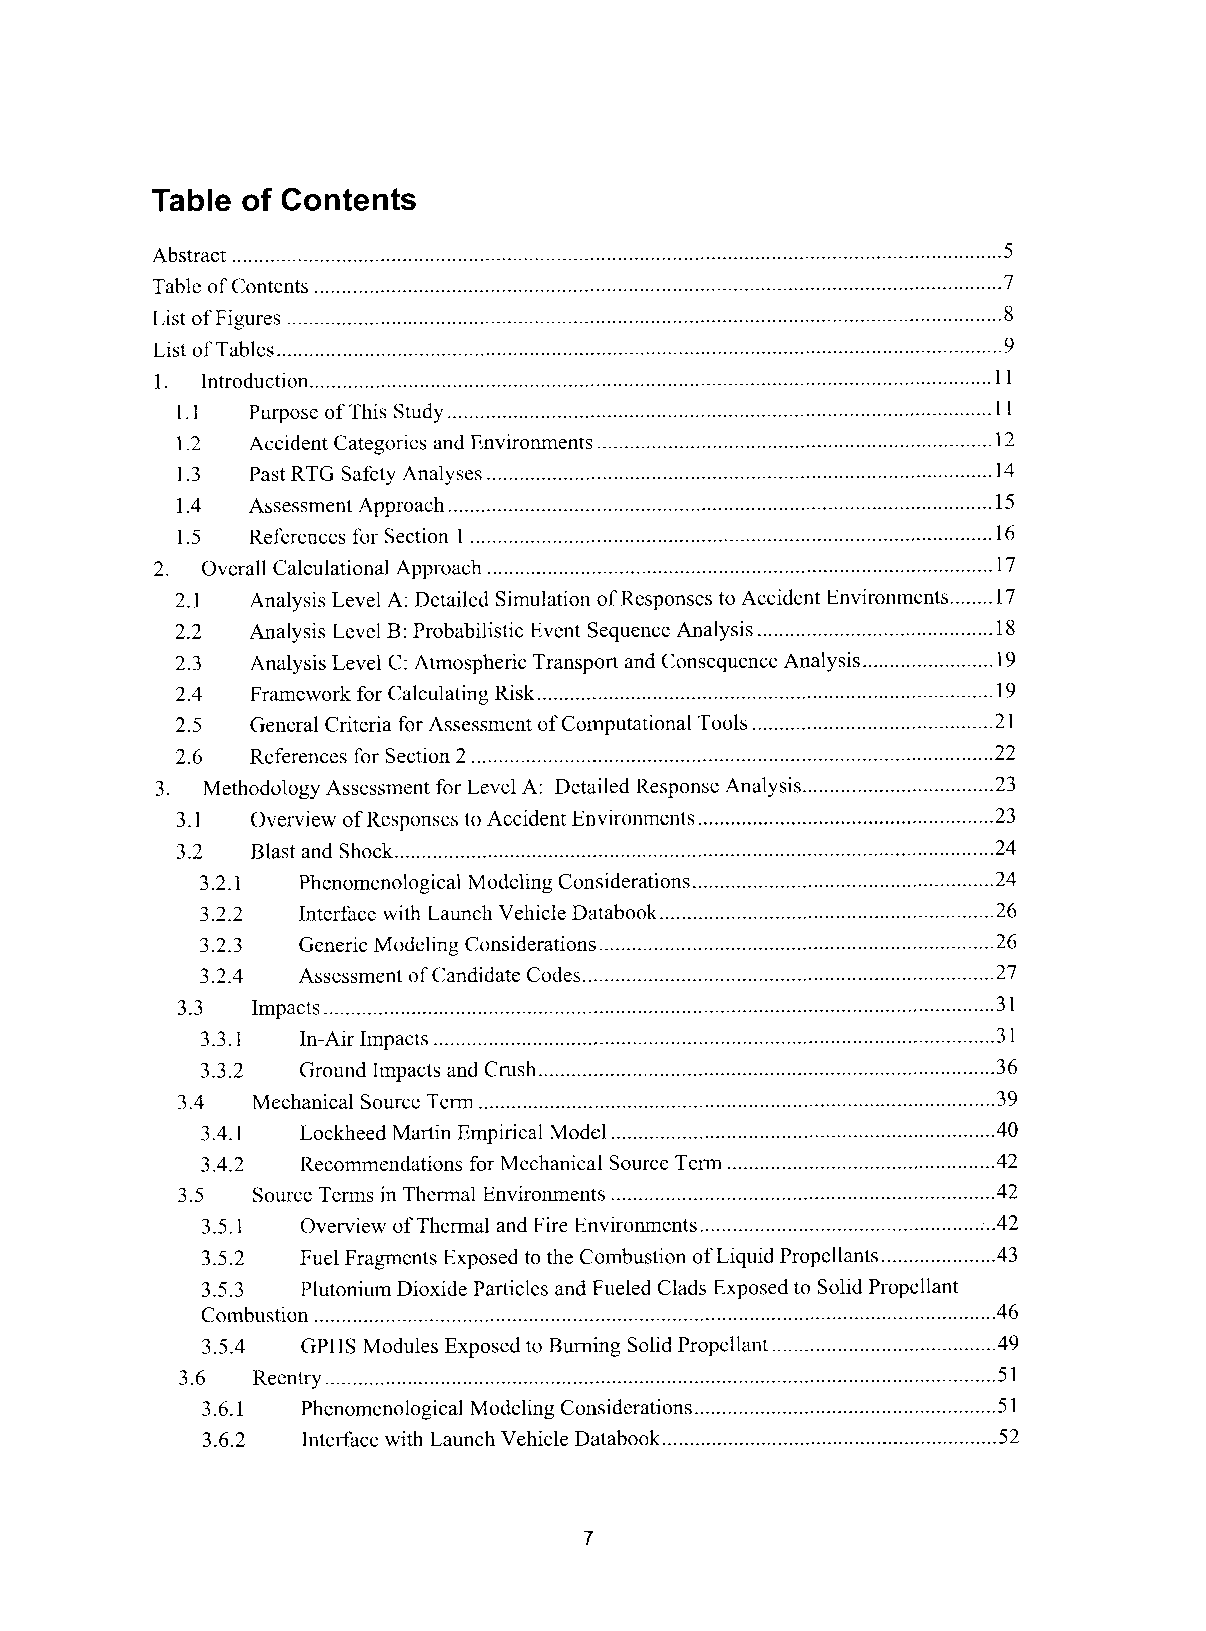
Table of Contents
 Abstract ........................... ....................................... .................................... 5
 Table of Contents .................................................. .......................................... .7
 List of Figures .................................................................................................................................. 8
 List of Tables ...................................... .......................................
 1. Introduction ............. ................................................ .................................. 1 1
 1.1  Purpose of This Study .......................... ......................................
 1.2  Accident Categories and Environments ......................................
 1.3  Past RTG Safety Analyses ................... ......................................
 1.4  Assessment Approach ....... ........................................
 1.5  References for Section 1 .............................................. .................................... 16
 2. Overall Calculational Approach ............................. ..................................................... 17
 2.1  Analysis Level A: Detailed Simulation of Responses to Accident Environments ........ 17
 2.2  Analysis Level B: Probabilistic Event Sequence Analysis ......................
 2.3  Analysis Level C: Atmospheric Transport and Consequence Analysis..
 2.4  Framework for Calculating Risk .......... ................................................... 19
 2.5  General Criteria for Assessment of Co     ..................... 21
 2.6  References for Section 2 .......................................... .................................. 22
 3. Methodology Assessment for Level A: Detailed Response Analysis .................... 23
 3.1  Overview of Responses to Accident Environments ...................... ..................... 23
 3.2  Blast and Shock .......................................................... .................... .24
 3.2.1 Phenomenological Modeling Considerations .. .................................. 24
 3.2.2 Interface with Launch Vehicle Databook .............................................. 26
 3.2.3 Generic Modeling Considerations ................... .................................. 26
 3.2.4 Assessment of Candidate Codes ............................................................
 3.3  Impacts .............................. .......................................
 3.3.1 In-Air Impacts ................................................. .................................. 31
 3.3.2 Ground Impacts and Crush ................. ..................................................... 36
 3.4  Mechanical Source Term ..................... .......................................
 3.4.1 Lockheed Martin Em
 3.4.2 Recommendations for Mechanical Source Term ................................................. 42
 3.5  Source Terms in Thermal Environments ................. .................................. 42
 3.5.1 Overview of Thermal and Fire Environments. .................................. 42
 3.5.2 Fuel Fragments Exposed to the Combustion of Liquid Propellants ...... 43
 .
 3.5.3 Plutonium Dioxide Particles and Fueled Clads Exposed to Solid Propellant
 Combustion         ................................................... .................................. 46
 3.5.4 GPHS Modules Exposed to Burning Solid Propellant ......................................... 49
 3.6  Reentry .............................. ......................................................... 51
 3.6.1 Phenomenological M                .................................. 51
 3.6.2 Interface with Launch Vehicle Databook .............................................. .... 52
 7